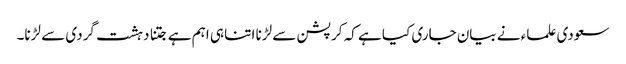
سعودی علماء نے بیان جاری کیا ہے کہ کرپشن سے لڑنا اتنا ہی اہم ہے جتنا دہشت گردی سے لڑنا۔